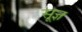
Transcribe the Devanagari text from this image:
सू़ज्ञ